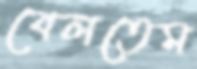
বেলতেম